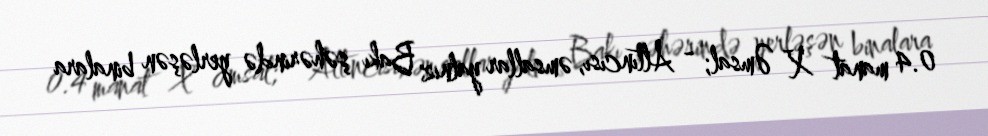
0.4 manat X Əmsal; - Altıncısı, əmsallar yalnız Bakı şəhərində yerləşən binalara